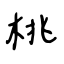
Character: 桃